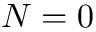
N = 0